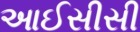
આઈસીસી